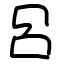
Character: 呂